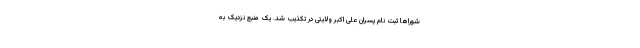
شوراها ثبت نام پسران علی اکبر ولایتی در تکذیب شد. یک منبع نزدیک به